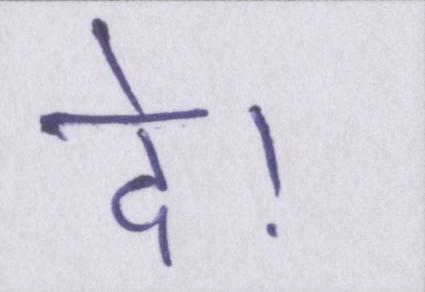
दे।